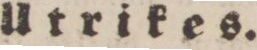
Utrikes.